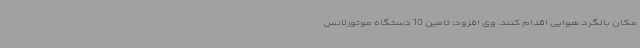
مکان بالگرد هوایی اقدام کنند. وی افزود: تامین 10 دستگاه موتورلانس